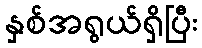
နှစ်အရွယ်ရှိပြီး